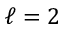
\ell = 2